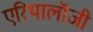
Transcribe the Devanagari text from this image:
एरिथालॉजी